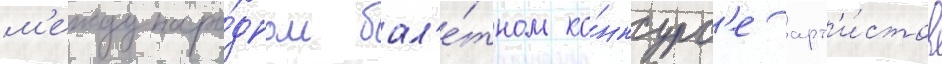
м'еждунаро́дном бал'е́тном ко́нкурс'е арт'и́стов